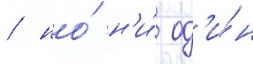
/ но́ н'и́ од'и́н